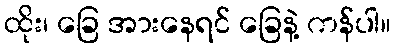
ထိုး၊ ခြေ အားနေရင် ခြေနဲ့ ကန်ပါ။